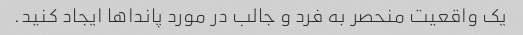
یک واقعیت منحصر به فرد و جالب در مورد پانداها ایجاد کنید.